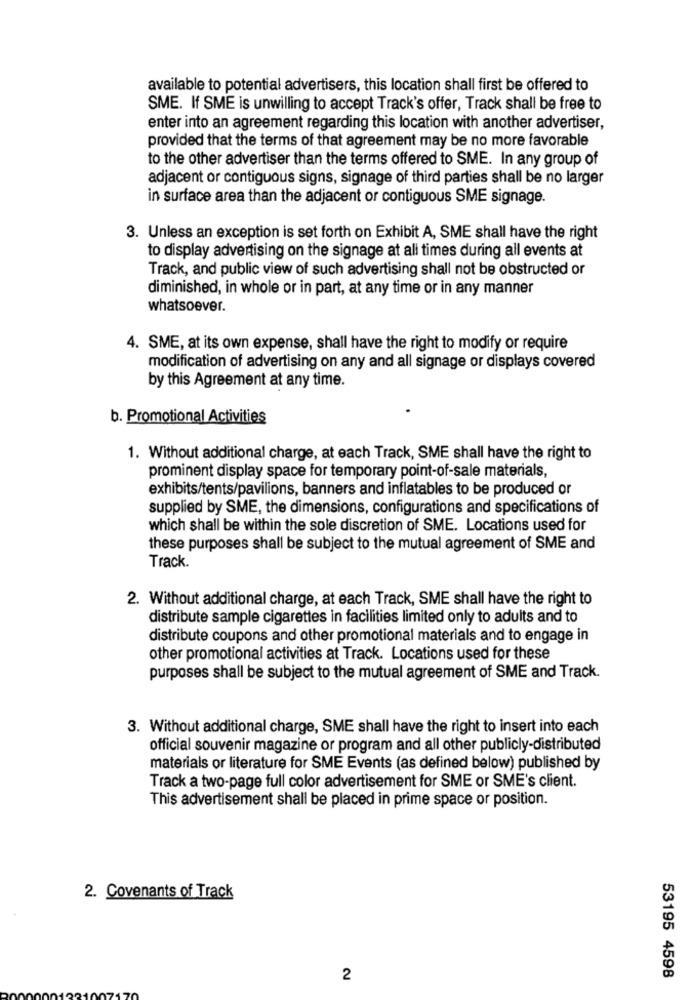
available to potential advertisers, this location shall first be offered to
SME. If SME is unwilling to accept Track's offer, Track shall be free to
enter into an agreement regarding this location with another advertiser,
provided that the terms of that agreement may be no more favorable
to the other advertiser than the terms offered to SME. In any group of
adjacent or contiguous signs, signage of third parties shall be no larger
in surface area than the adjacent or contiguous SME signage.
3. Unless an exception is set forth on Exhibit A, SME shall have the right
to display advertising on the signage at all times during all events at
Track, and public view of such advertising shall not be obstructed or
diminished, in whole or in part, at any time or in any manner
whatsoever.
4. SME, at its own expense, shall have the right to modify or require
modification of advertising on any and all signage or displays covered
by this Agreement at any time.
b. Promotional Activities
1. Without additional charge, at each Track, SME shall have the right to
prominent display space for temporary point-of-sale materials,
exhibits/tents/pavilions, banners and inflatables to be produced or
supplied by SME, the dimensions, configurations and specifications of
which shall be within the sole discretion of SME. Locations used for
these purposes shall be subject to the mutual agreement of SME and
Track.
2. Without additional charge, at each Track, SME shall have the right to
distribute sample cigarettes in facilities limited only to adults and to
distribute coupons and other promotional materials and to engage in
other promotional activities at Track. Locations used for these
purposes shall be subject to the mutual agreement of SME and Track.
3. Without additional charge, SME shall have the right to insert into each
official souvenir magazine or program and all other publicly-distributed
materials or literature for SME Events (as defined below) published by
Track a two-page full color advertisement for SME or SME's client.
This advertisement shall be placed in prime space or position.
2. Covenants of Track
2
53195 4598